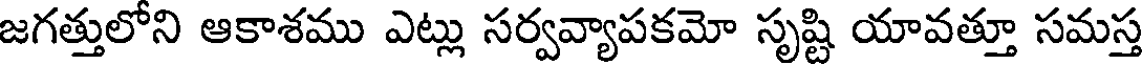
జగత్తులోని ఆకాశము ఎట్లు సర్వవ్యాపకమో సృష్టి యావత్తూ సమస్త